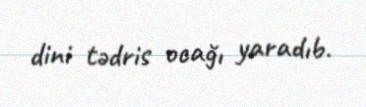
dini tədris ocağı yaradıb.